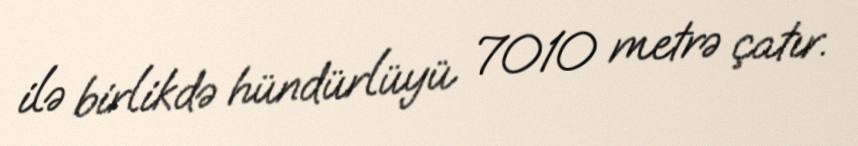
ilə birlikdə hündürlüyü 7010 metrə çatır.